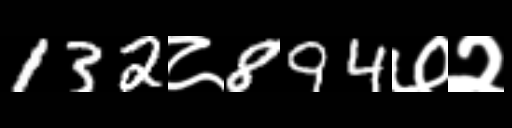
Text: 132८894७२